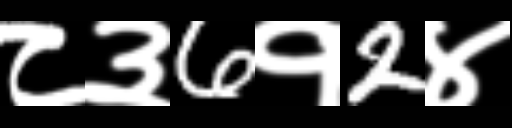
Text: ८३6१2४